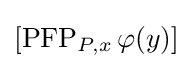
[\operatorname {PFP} _{P,x}\varphi (y)]